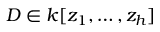
D \in k [ z _ { 1 } , \ldots , z _ { h } ]